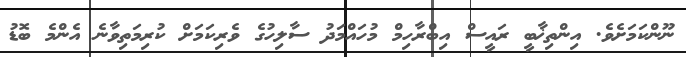
ނޫންކަމަށެވެ. އިންތިޚާބީ ރައީސް އިބްރާހިމް މުހައްމަދު ސާލިހުގެ ވެރިކަމަށް ކުރިމަތިވާނެ އެންމެ ބޮޑު